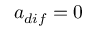
a _ { d i f } = 0